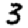
Digit: 3